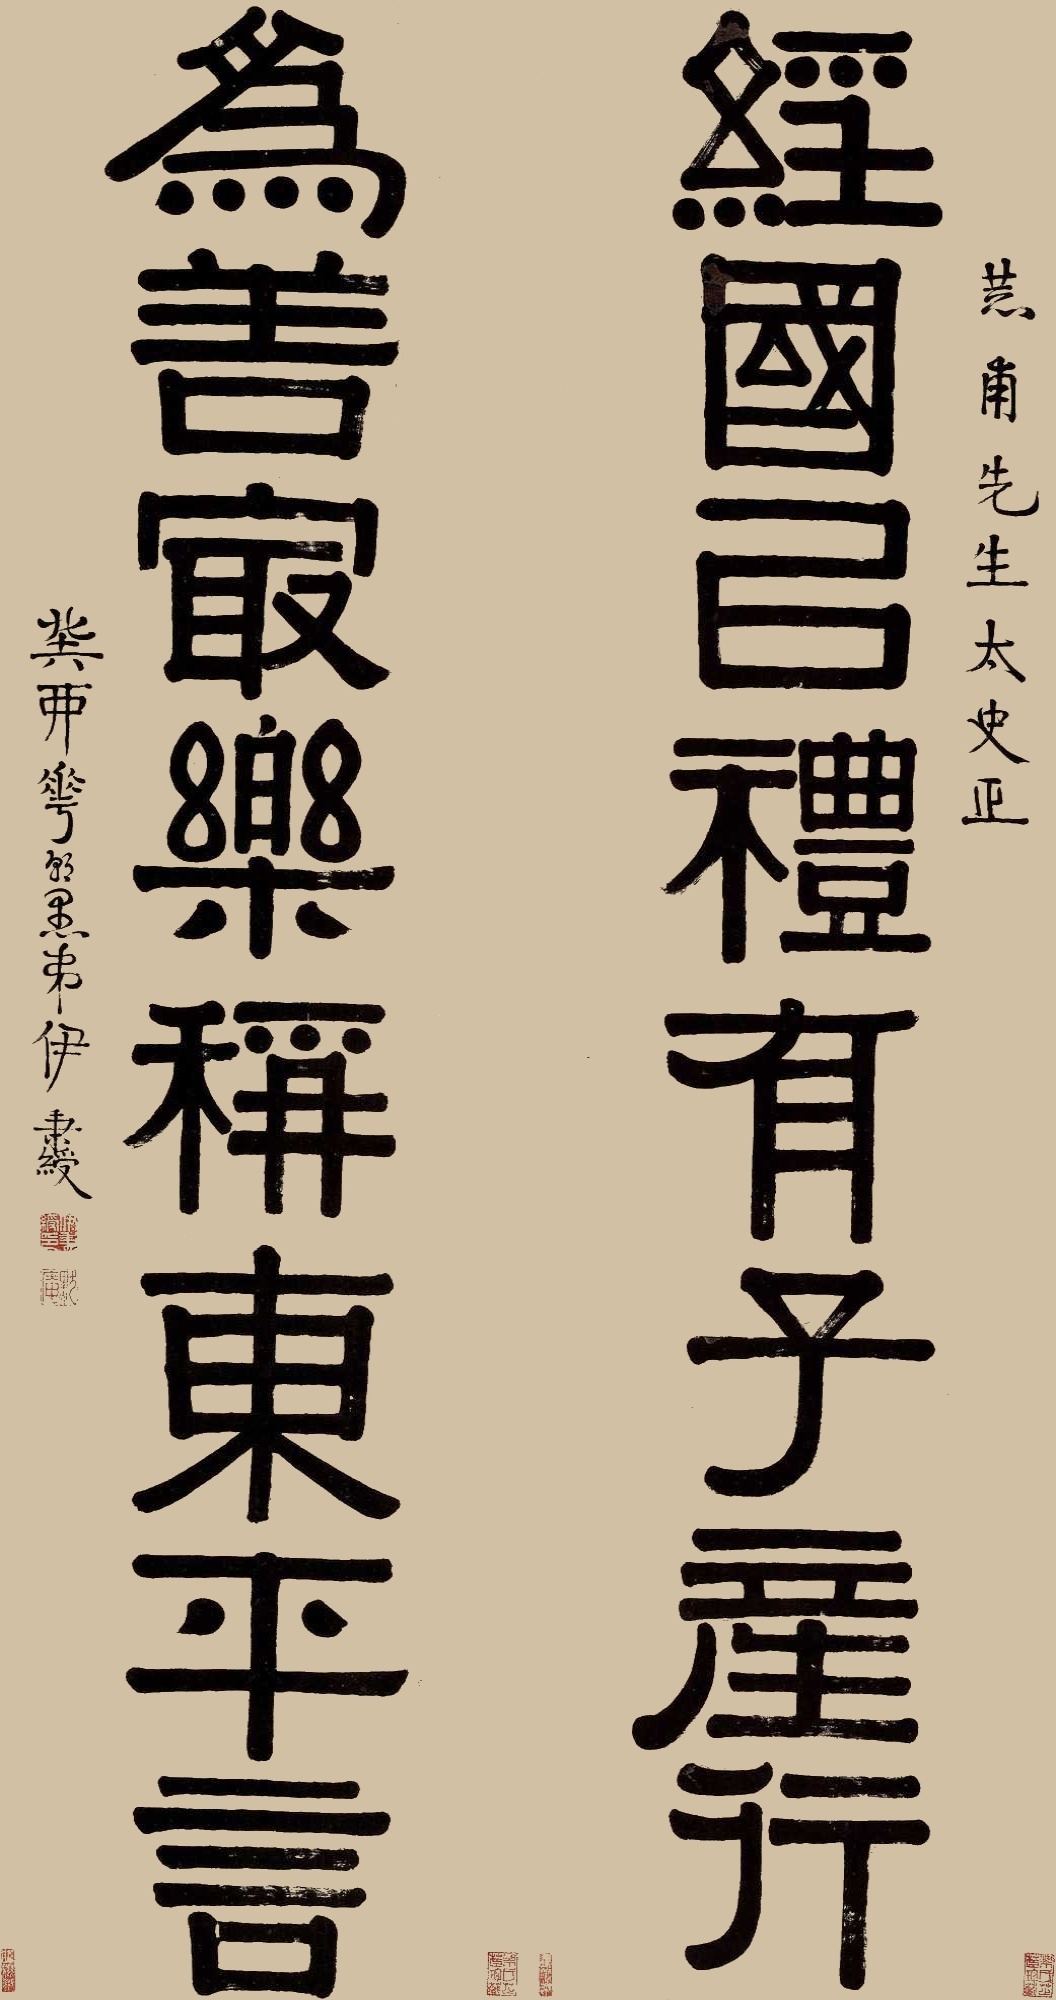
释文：经国以礼有子产行，为善最乐称东平言。恭甫先生太史正，癸酉花朝，愚弟伊秉绶。